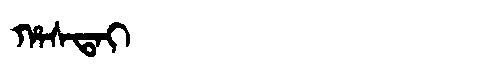
Manchu: ᡥᠠᠰᡨᠠᡳ
Romanization: HASTAI